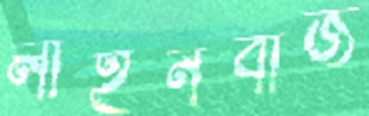
লাইনবীজ